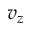
v _ { z }